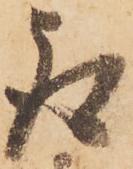
取